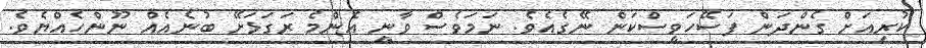
ކުރިއަށް ގެންދަން ފަސޭހަވީސްކަން ނޭގެއެވެ. ނަމަވެސް ވާނީ އެންމެ ރަގަޅަށޭ ބުނެއެއް ނޫންހެއްޔެވެ.